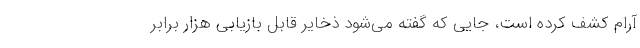
آرام کشف کرده است، جایی که گفته می‌شود ذخایر قابل بازیابی هزار برابر